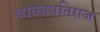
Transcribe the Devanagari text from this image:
वाक्यपतिराज